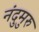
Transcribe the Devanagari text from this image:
नंदुमुरु